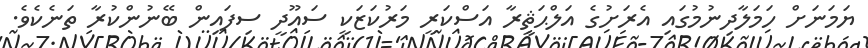
ޔަަމަނަށް ހަމަލާދިނުމުގައި އެރަށުގެ އަލްޙަޘީރާ އަސްކަރީ މަރުކަޒަކީ ސައޫދީ ސިފައިން ބޭނުންކުރާ ތަނެކެވެ.